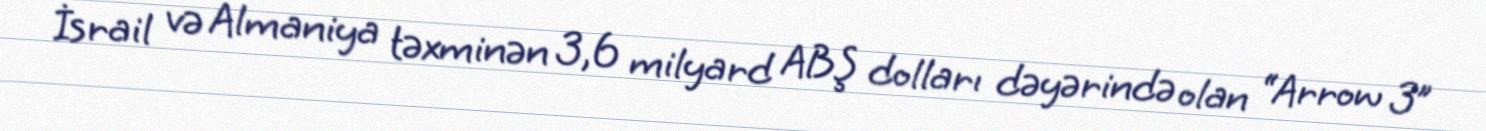
İsrail və Almaniya təxminən 3,6 milyard ABŞ dolları dəyərində olan “Arrow 3”